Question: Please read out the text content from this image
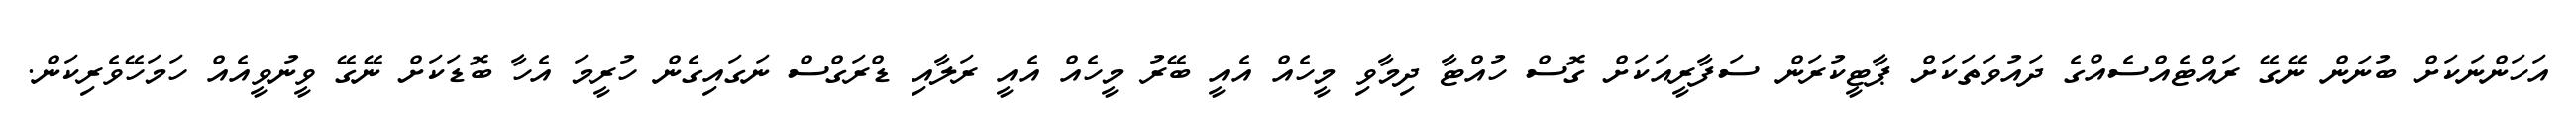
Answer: އަހަންނަކަށް ބުނަން ނޭގޭ ރައްޓެއްސެއްގެ ދައުވަތަކަށް ޕާޓީކުރަން ސަފާރީއަކަށް ގޮސް ހުއްޓާ ދިމާވި މީހެއް އެއީ ބޭރު މީހެއް އެއީ ރަލާއި ޑްރަގްސް ނަގައިގެން ހުރީމަ އެހާ ބޮޑަކަށް ނޭގޭ ވީނުވީއެއް ހަމަހޭވެރިކަން.